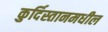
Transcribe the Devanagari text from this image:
कुर्दिस्तानमधील